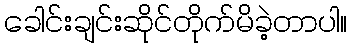
ခေါင်းချင်းဆိုင်တိုက်မိခဲ့တာပါ။